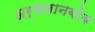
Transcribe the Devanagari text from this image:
अर्सलानबोब